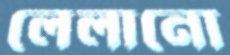
লেলানো